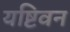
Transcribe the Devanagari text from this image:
यष्टिवन